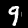
Digit: 9